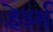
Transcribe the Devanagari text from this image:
हेडर्स